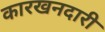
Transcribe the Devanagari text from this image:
कारखनदारी